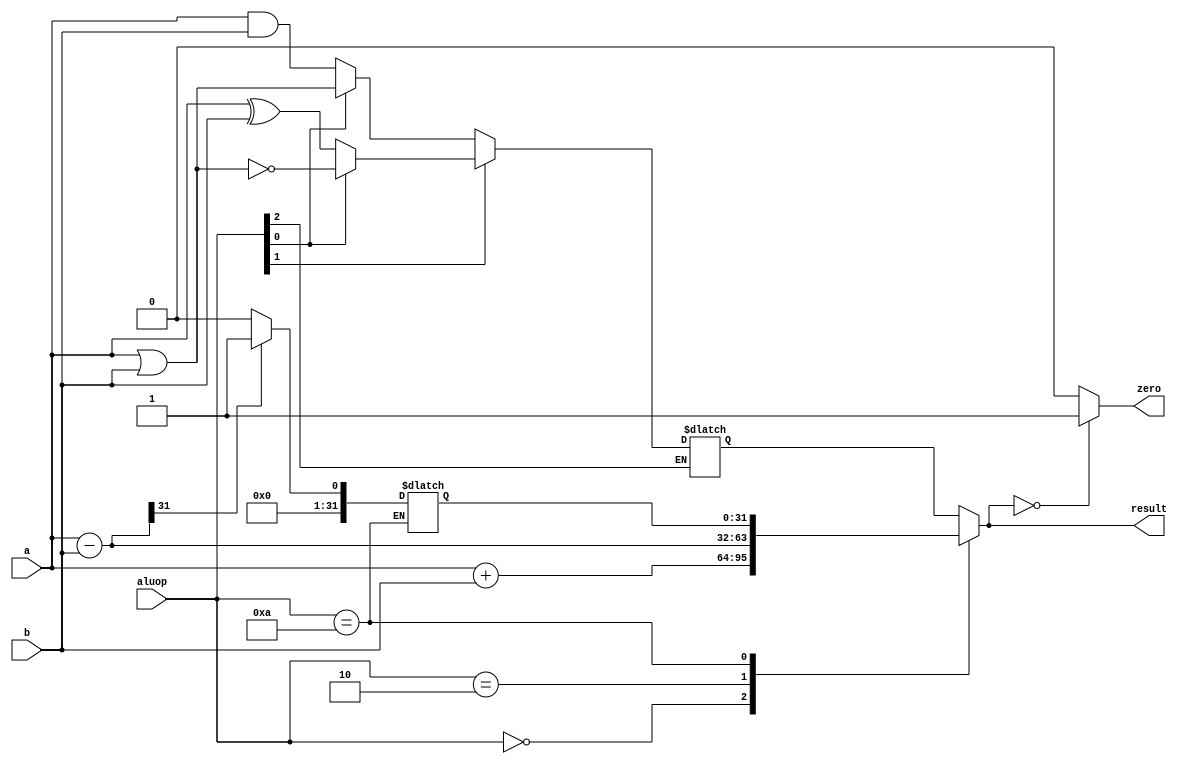
`timescale 1ns / 1ps
//////////////////////////////////////////////////////////////////////////////////
// Company:  ETH Zurich
//
// Create Date:
// Design Name:    MIPS processor
// Module Name:    bad_ALU
// Project Name:   Digital Circuits Lab Exercuse
// Target Devices:
// Tool versions:
// Description:    This is a poor attempt at writing an ALU
// Dependencies:
//
// Revision:
// Revision 0.01 - File Created
// Additional Comments:
//
//////////////////////////////////////////////////////////////////////////////////

module bad_ALU(
  input [3:0] aluop,
	input [31:0] a, b,
	output [31:0] result,
	output zero
	);

   reg [31:0]		slt;
   reg [31:0]		logicsel;

   reg [31:0]		alu_val;					// we need to declare this reg
   reg [31:0]		diff;
   wire				ss0;
   wire 				ss1;
   wire 				ss2;
   wire 				ss3;

	assign {ss0,ss1,ss2,ss3} = aluop;	// make assigns

   // define the logicfunction
	always @ ( * )
	begin
	   if (ss1 == 1)
	       if (ss2 == 0)
	           if (ss3 == 0)
	               logicsel = a & b;
	           else
	               logicsel = a | b;
	       else
	           if (ss3 == 1)
	               logicsel = ~(a | b);
	           else
	               logicsel = a ^ b;
     end

	always @ ( aluop , a, b )
		if (aluop == 4'b1010)
		begin
			diff = a - b;	  // calculate the difference
			slt = 0;				// default value
			if (diff[31] == 1)
				slt = 1;			// if MSB is 1 slt is 1
		end

	always @ ( * )
	begin
		case (aluop)
			4'b0000 : alu_val = a + b;
			4'b0010 : alu_val = a - b;
			4'b1010 : alu_val = slt;
			default : alu_val = logicsel;
		endcase
	end

	assign result = alu_val;
	assign zero = (alu_val == 32'b0) ? 1: 0;

endmodule